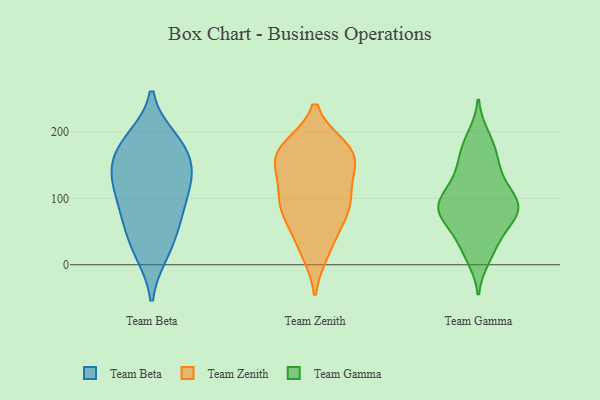
{"axis": {"x": "Headcount", "y": "Value"}, "legend": ["Team Beta", "Team Gamma", "Team Zenith"], "data": [{"x": "", "y": 18, "type": "Team Beta"}, {"x": "", "y": 61, "type": "Team Beta"}, {"x": "", "y": 178, "type": "Team Beta"}, {"x": "", "y": 113, "type": "Team Beta"}, {"x": "", "y": 140, "type": "Team Beta"}, {"x": "", "y": 189, "type": "Team Beta"}, {"x": "", "y": 124, "type": "Team Beta"}, {"x": "", "y": 22, "type": "Team Beta"}, {"x": "", "y": 163, "type": "Team Beta"}, {"x": "", "y": 72, "type": "Team Beta"}, {"x": "", "y": 73, "type": "Team Beta"}, {"x": "", "y": 185, "type": "Team Beta"}, {"x": "", "y": 115, "type": "Team Beta"}, {"x": "", "y": 144, "type": "Team Beta"}, {"x": "", "y": 79, "type": "Team Zenith"}, {"x": "", "y": 175, "type": "Team Zenith"}, {"x": "", "y": 93, "type": "Team Zenith"}, {"x": "", "y": 65, "type": "Team Zenith"}, {"x": "", "y": 157, "type": "Team Zenith"}, {"x": "", "y": 171, "type": "Team Zenith"}, {"x": "", "y": 156, "type": "Team Zenith"}, {"x": "", "y": 20, "type": "Team Zenith"}, {"x": "", "y": 168, "type": "Team Zenith"}, {"x": "", "y": 112, "type": "Team Zenith"}, {"x": "", "y": 176, "type": "Team Zenith"}, {"x": "", "y": 29, "type": "Team Zenith"}, {"x": "", "y": 100, "type": "Team Zenith"}, {"x": "", "y": 86, "type": "Team Zenith"}, {"x": "", "y": 139, "type": "Team Zenith"}, {"x": "", "y": 129, "type": "Team Gamma"}, {"x": "", "y": 10, "type": "Team Gamma"}, {"x": "", "y": 97, "type": "Team Gamma"}, {"x": "", "y": 74, "type": "Team Gamma"}, {"x": "", "y": 161, "type": "Team Gamma"}, {"x": "", "y": 46, "type": "Team Gamma"}, {"x": "", "y": 98, "type": "Team Gamma"}, {"x": "", "y": 28, "type": "Team Gamma"}, {"x": "", "y": 130, "type": "Team Gamma"}, {"x": "", "y": 81, "type": "Team Gamma"}, {"x": "", "y": 94, "type": "Team Gamma"}, {"x": "", "y": 170, "type": "Team Gamma"}, {"x": "", "y": 69, "type": "Team Gamma"}, {"x": "", "y": 194, "type": "Team Gamma"}, {"x": "", "y": 83, "type": "Team Gamma"}]}